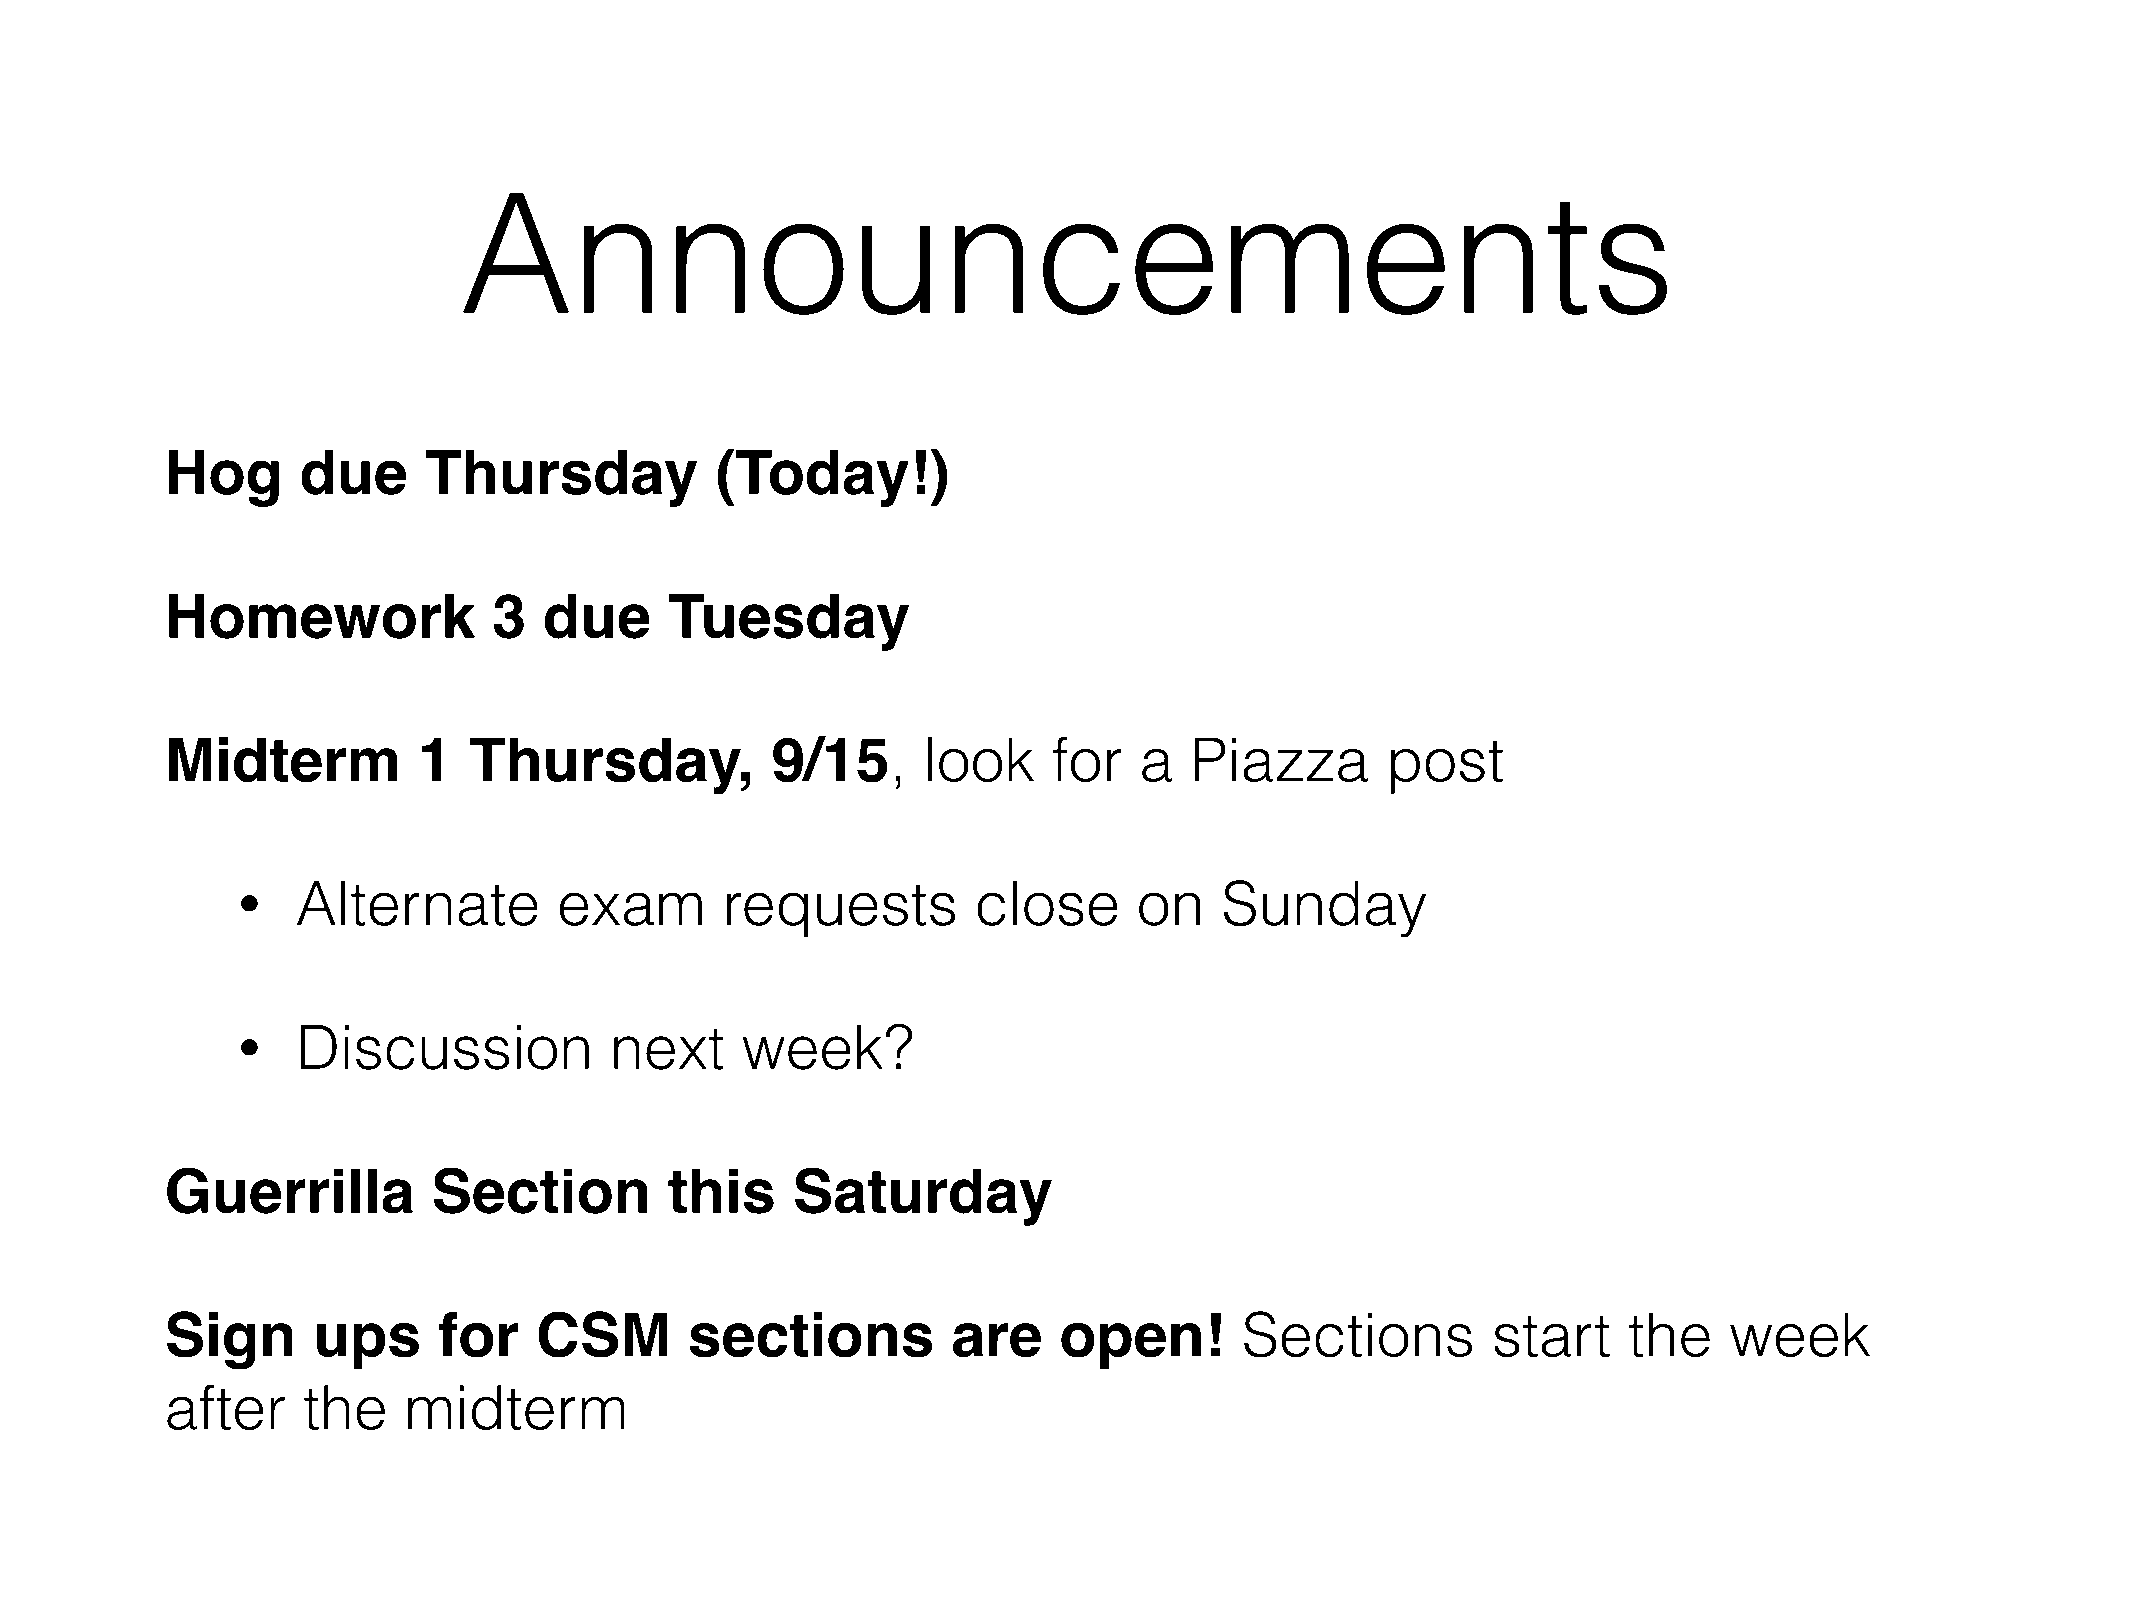
Announcements
 Hog      due     Thursday           (Today!)
 Homework              3  due     Tuesday
 Midterm          1  Thursday,           9/15,     look     for  a   Piazza       post
 Alternate        exam       requests         close     on    Sunday
 •
 Discussion          next     week?
 •
 Guerrilla         Section        this    Saturday
 Sign      ups     for   CSM        sections         are    open!       Sections         start    the   week
 after    the    midterm